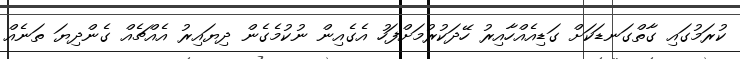
ކުރަމުގައި ގާތްގަނޑަކަށް ގަޑިއެއްހާއިރު ހޭދަކުރުމަށްފަހު އެގެއިން ނުކުމެގެން ދިޔައިރު އެއްޗެއް ގެންދިޔަ ތަނެއް